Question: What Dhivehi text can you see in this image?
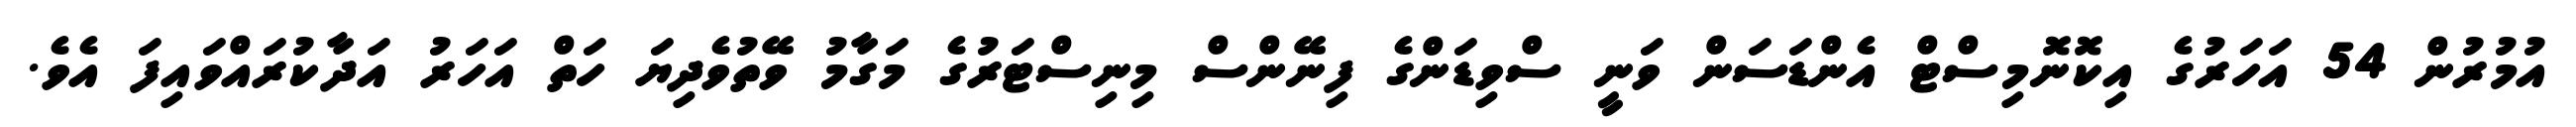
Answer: އުމުރުން 54 އަހަރުގެ އިކޮނޮމިސްޓް އެންޑަސަން ވަނީ ސްވިޑަންގެ ފިނޭންސް މިނިސްޓަރުގެ މަގާމު ވޭތުވެދިޔަ ހަތް އަހަރު އަދާކުރައްވައިފަ އެވެ.